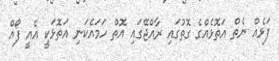
ފަޅެއް ނެތް އަތޮޅެއްގެ ގޮތުގައި ރާއްޖޭގައި އޮތް ހަމައެކަނި އަތޮޅަކީ އެއީ ފޯއް